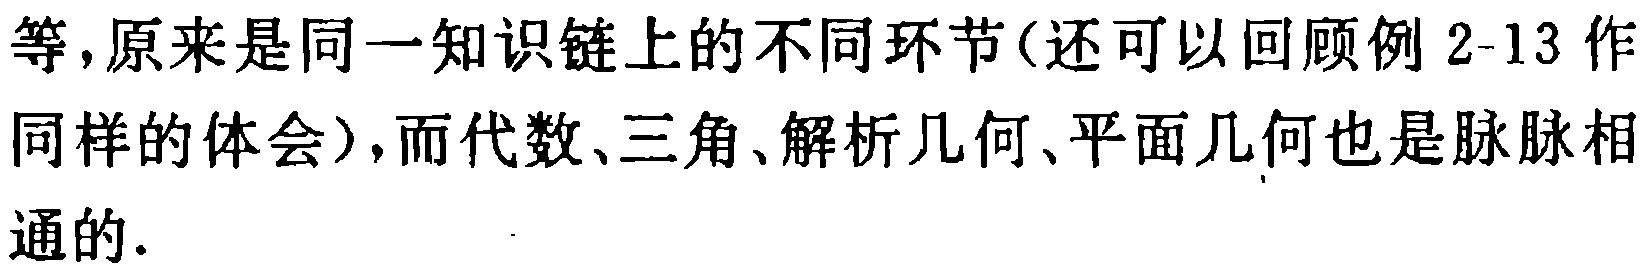
等,原来是同一知识链上的不同环节(还可以回顾例 2-13 作同样的体会),而代数、三角、解析几何、平面几何也是脉脉相通的.